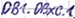
Text: DB1.DBX0.1